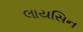
લાયસિન